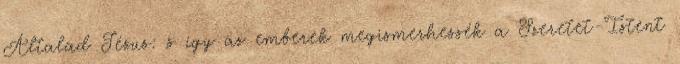
Általad Jézus: s így az emberek megismerhessék a Szeretet-Istent